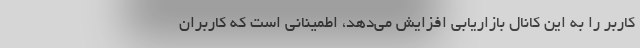
کاربر را به این کانال بازاریابی افزایش می‌دهد، اطمینانی است که کاربران